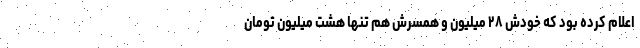
اعلام کرده بود که خودش ۲۸ میلیون و همسرش هم تنها هشت میلیون تومان